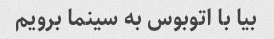
بیا با اتوبوس به سینما برویم